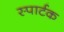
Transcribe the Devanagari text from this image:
स्पार्टक